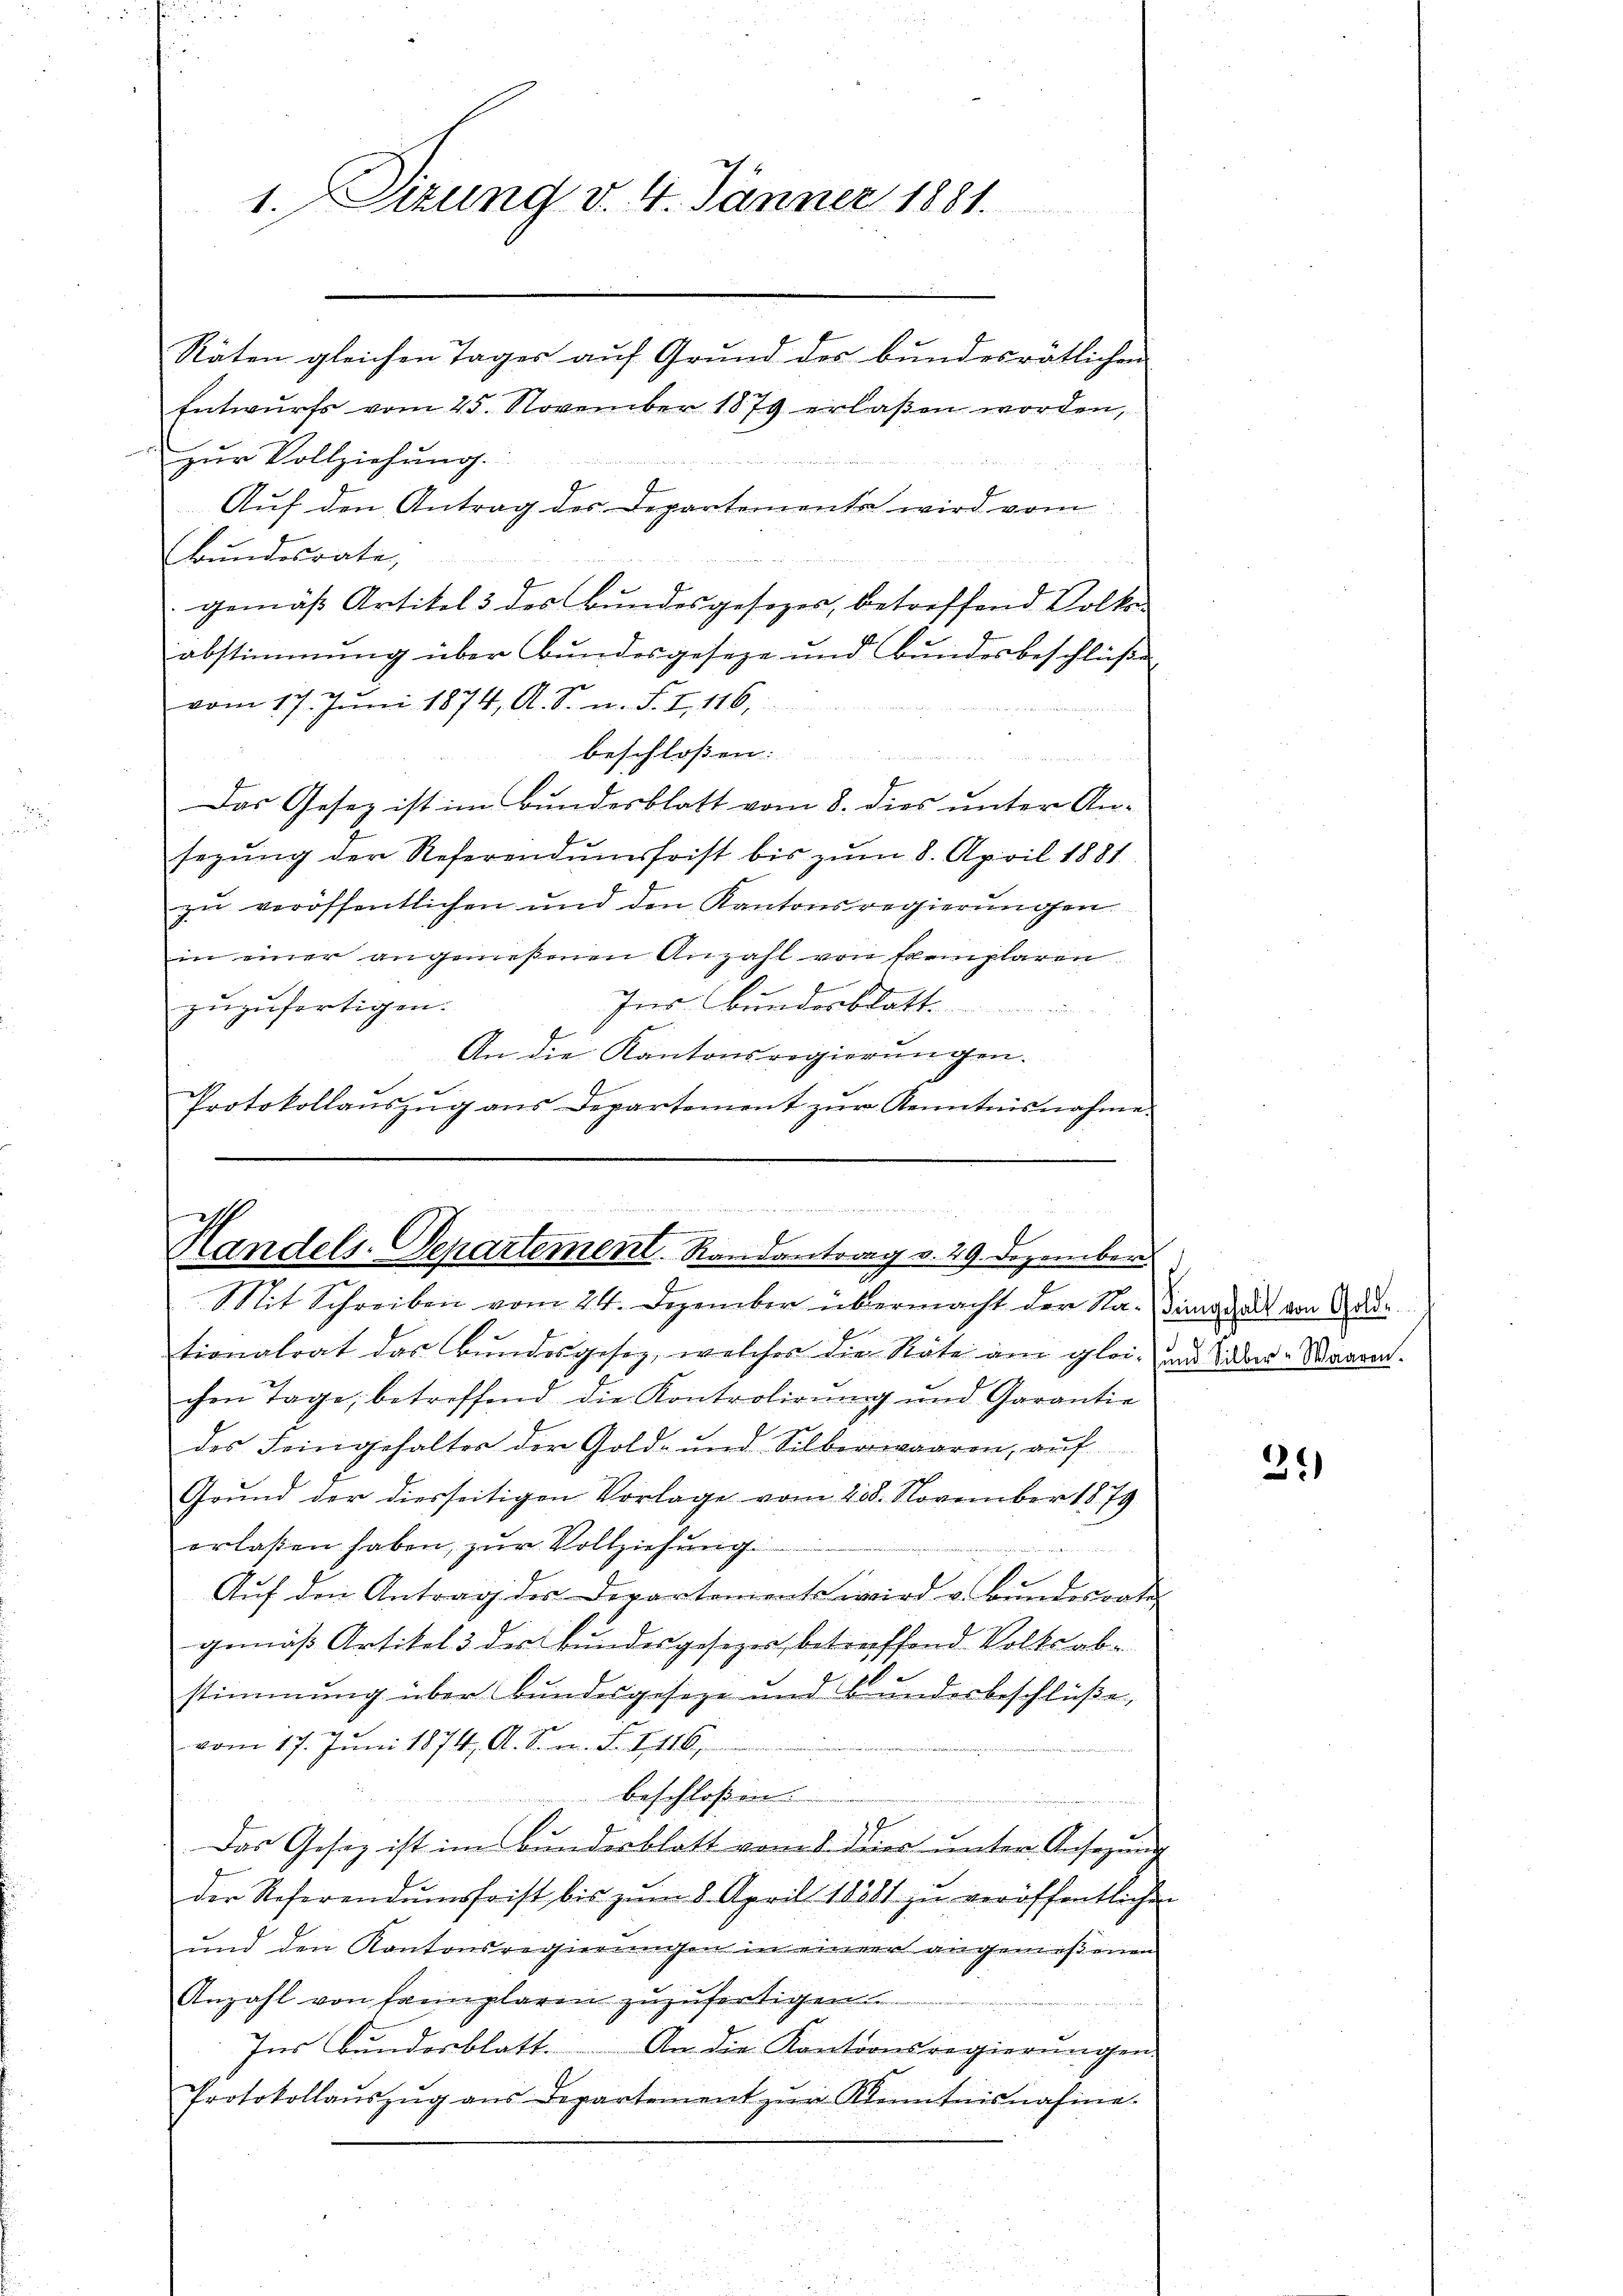
1. Sizung v. 4. Jänner 1881.

Räten gleichen Tages auf Grund des bundesrätlichen
Entwurfs vom 25. November 1879 erlaßen worden,
zur Vollziehung.
Auf den Antrag des Departements wird vom
Bundesrate
gemäß Artikel 3 des Bundesgesezes, betreffend Volks-
abstimmung über Bundesgeseze und Bundesbeschlüße
vom 17. Jŭni 1874, A. S. n. F. I, 116,
beschloßen:
n
n
Das Gesetz ist im Bundesblatt vom 8. dies unter An-
sezung der Referendumsfrist bis zŭm 8. April 1881
zu veröffentlichen und den Kantonsregierungen.
in einer angemeßenen Anzahl von Exemplaren
Ins Bundesblatt
zuzufertigen.
.
An die Kantonsregierungen.
Protokollaŭszŭg ans Departement zŭr Kenntnisnahme

das de des
f
E
Handels-Departement. Randantrag v. 29. Dezember
f
Mit Schreiben vom 24. Dezember übermacht der Na-Signat von Ade

tionalrat das Bundesgesez, welcher die Räte am glei- und Ober-Waaren.
chen Tage, betreffend die Kontrolirung und Garantie
des Feingehalter der Gold- und Silberwaaren, aŭf
Grund der diesseitigen Vorlage vom 238. November 1879
erlassen haben, zŭr Vollziehung
2
Auf den Antrag der Derartement wird v. Bundesrates
gemäß Artikel 3 der Bundesgesezes betreffend Volksab-
stimmung über Bundesgeseze und Bunderbeschlüße,
vom 17. Juni 1874, A. S. n. F. I 116,
beschloßen:
Das Gesetz ist im Bundesblatt vom 1. dies unter Ansehung
der Referendumsfrist bis zŭm 8. April 18881 zu veröffentlichen
und den Kantonsregierungen in einem angemeßenen
Anzahl von famplaren zuzufertigen
Ins Bundesblatt.
An die Kantonsregierungen.
Protokollaŭszŭg ans Departement zŭr Kenntnisnahme.

7

34)